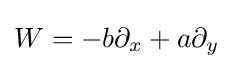
W=-b\partial _{x}+a\partial _{y}